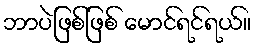
ဘာပဲဖြစ်ဖြစ် မောင်ရင်ရယ်။